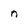
Character: n